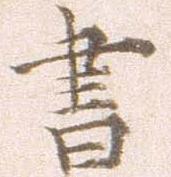
書